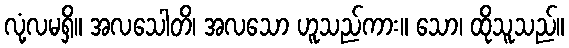
လုံ့လမရှိ။ အလသေါတိ၊ အလသော ဟူသည်ကား။ သော၊ ထိုသူသည်။